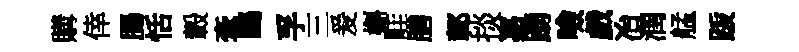
購倖腸恬轂牽鷗孚三爰槲畦膳鄣掞嘉踴噞戲冶潤艋䟦